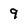
Character: 9